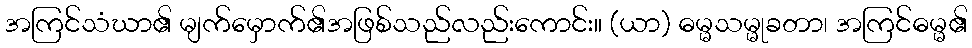
အကြင်သံဃာ၏ မျက်မှောက်၏အဖြစ်သည်လည်းကောင်း။ (ယာ) ဓမ္မသမ္မုခတာ၊ အကြင်ဓမ္မ၏